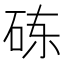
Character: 𬒃